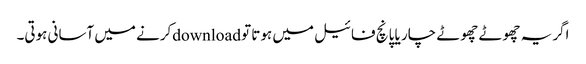
اگر یہ چھوٹے چھوٹے چار یا پانچ فائیل میں ہوتا تو downloadکرنے میں آسانی ہوتی۔